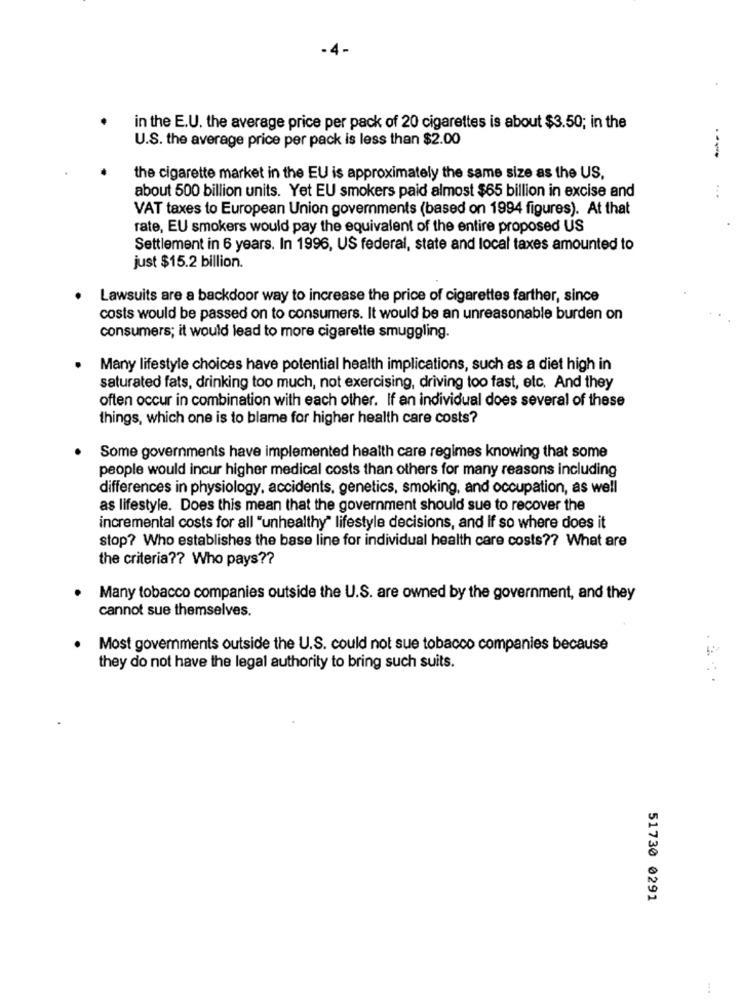
.4-
in the E.U. the average price per pack of 20 cigarettes is about $3.50; in the
U.S. the average price per pack is less than $2.00
---..
the cigarette market in the EU is approximately the same size as the US,
...
about 500 billion units. Yet EU smokers paid almost $65 billion in excise and
VAT taxes to European Union governments (based on 1994 figures). At that
rate, EU smokers would pay the equivalent of the entire proposed US
Settlement in 6 years. In 1996, US federal, state and local taxes amounted to
just $15.2 billion.
Lawsuits are a backdoor way to increase the price of cigarettes farther, since
costs would be passed on to consumers. It would be an unreasonable burden on
consumers; it would lead to more cigarette smuggling.
Many lifestyle choices have potential health implications, such as a diet high in
saturated fats, drinking too much, not exercising, driving too fast, etc. And they
often occur in combination with each other. If an individual does several of these
things, which one is to blame for higher health care costs?
Some governments have implemented health care regimes knowing that some
people would incur higher medical costs than others for many reasons including
differences in physiology, accidents, genetics, smoking, and occupation, as well
as lifestyle. Does this mean that the government should sue to recover the
incremental costs for all "unhealthy" lifestyle decisions, and If so where does it
stop? Who establishes the base line for individual health care costs ?? What are
the criteria ?? Who pays ??
Many tobacco companies outside the U.S. are owned by the government, and they
cannot sue themselves.
Most governments outside the U.S. could not sue tobacco companies because
they do not have the legal authority to bring such suits.
..
51730 0291
: